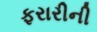
ફરારીની